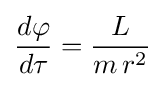
{\frac {d\varphi }{d\tau }}={\frac {L}{m\,r^{2}}}